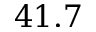
4 1 . 7